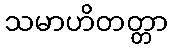
သမာဟိတတ္တာ